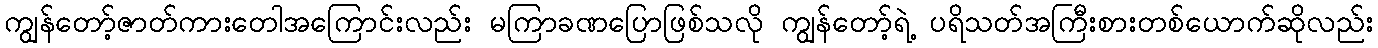
ကျွန်တော့်ဇာတ်ကားတေါအကြောင်းလည်း မကြာခဏပြောဖြစ်သလို ကျွန်တော့်ရဲ့ ပရိသတ်အကြီးစားတစ်ယောက်ဆိုလည်း